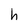
Character: h